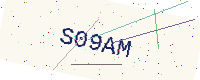
Text: S09AM